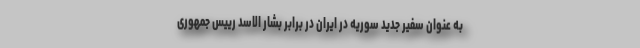
به عنوان سفیر جدید سوریه در ایران در برابر بشار الاسد رییس جمهوری